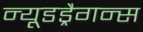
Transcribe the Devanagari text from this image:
न्यूडड्रैगन्स